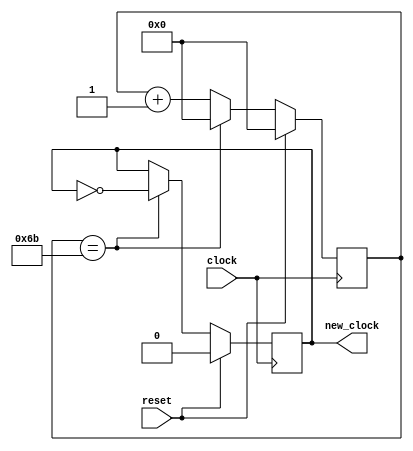
`timescale 1ns / 1ps
//////////////////////////////////////////////////////////////////////////////////
// Company: 
// Engineer: 
// 
// Design Name: 
// Module Name:    newclock 
// Project Name: 
// Target Devices: 
// Tool versions: 
// Description: 
//
// Dependencies: 
//
// Revision: 
// Revision 0.01 - File Created
// Additional Comments: 
//
//////////////////////////////////////////////////////////////////////////////////
module transmitclk(
   input clock,
	input reset,
   output reg new_clock
   );
	
	
	reg [7:0] clock_counter = 0;
	 
	always @(posedge clock) begin
		if (reset) begin
			clock_counter <= 0;
			new_clock <= 0;
			end
		else if (clock_counter == 107) begin // 27MHz / 125kHz / 2 == 108 cycles
			new_clock <= ~new_clock;
			clock_counter <= 0;
		end
		else clock_counter <= clock_counter + 1;
	end


endmodule